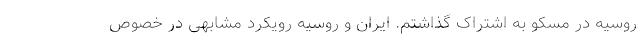
روسیه در مسکو به اشتراک گذاشتم. ایران و روسیه رویکرد مشابهی در خصوص